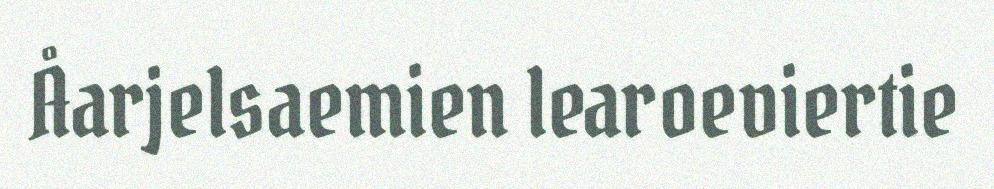
Åarjelsaemien learoeviertie